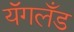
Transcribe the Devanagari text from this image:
यॅगलँड